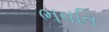
ભવતિ